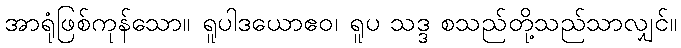
အာရုံဖြစ်ကုန်သော။ ရူပါဒယောဧဝ၊ ရူပ သဒ္ဒ စသည်တို့သည်သာလျှင်။